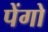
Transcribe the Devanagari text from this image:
पेंगो